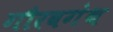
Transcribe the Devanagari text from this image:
गौरवगंथ